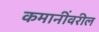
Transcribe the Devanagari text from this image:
कमानींवरील